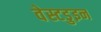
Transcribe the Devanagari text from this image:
वेस्टडुइन